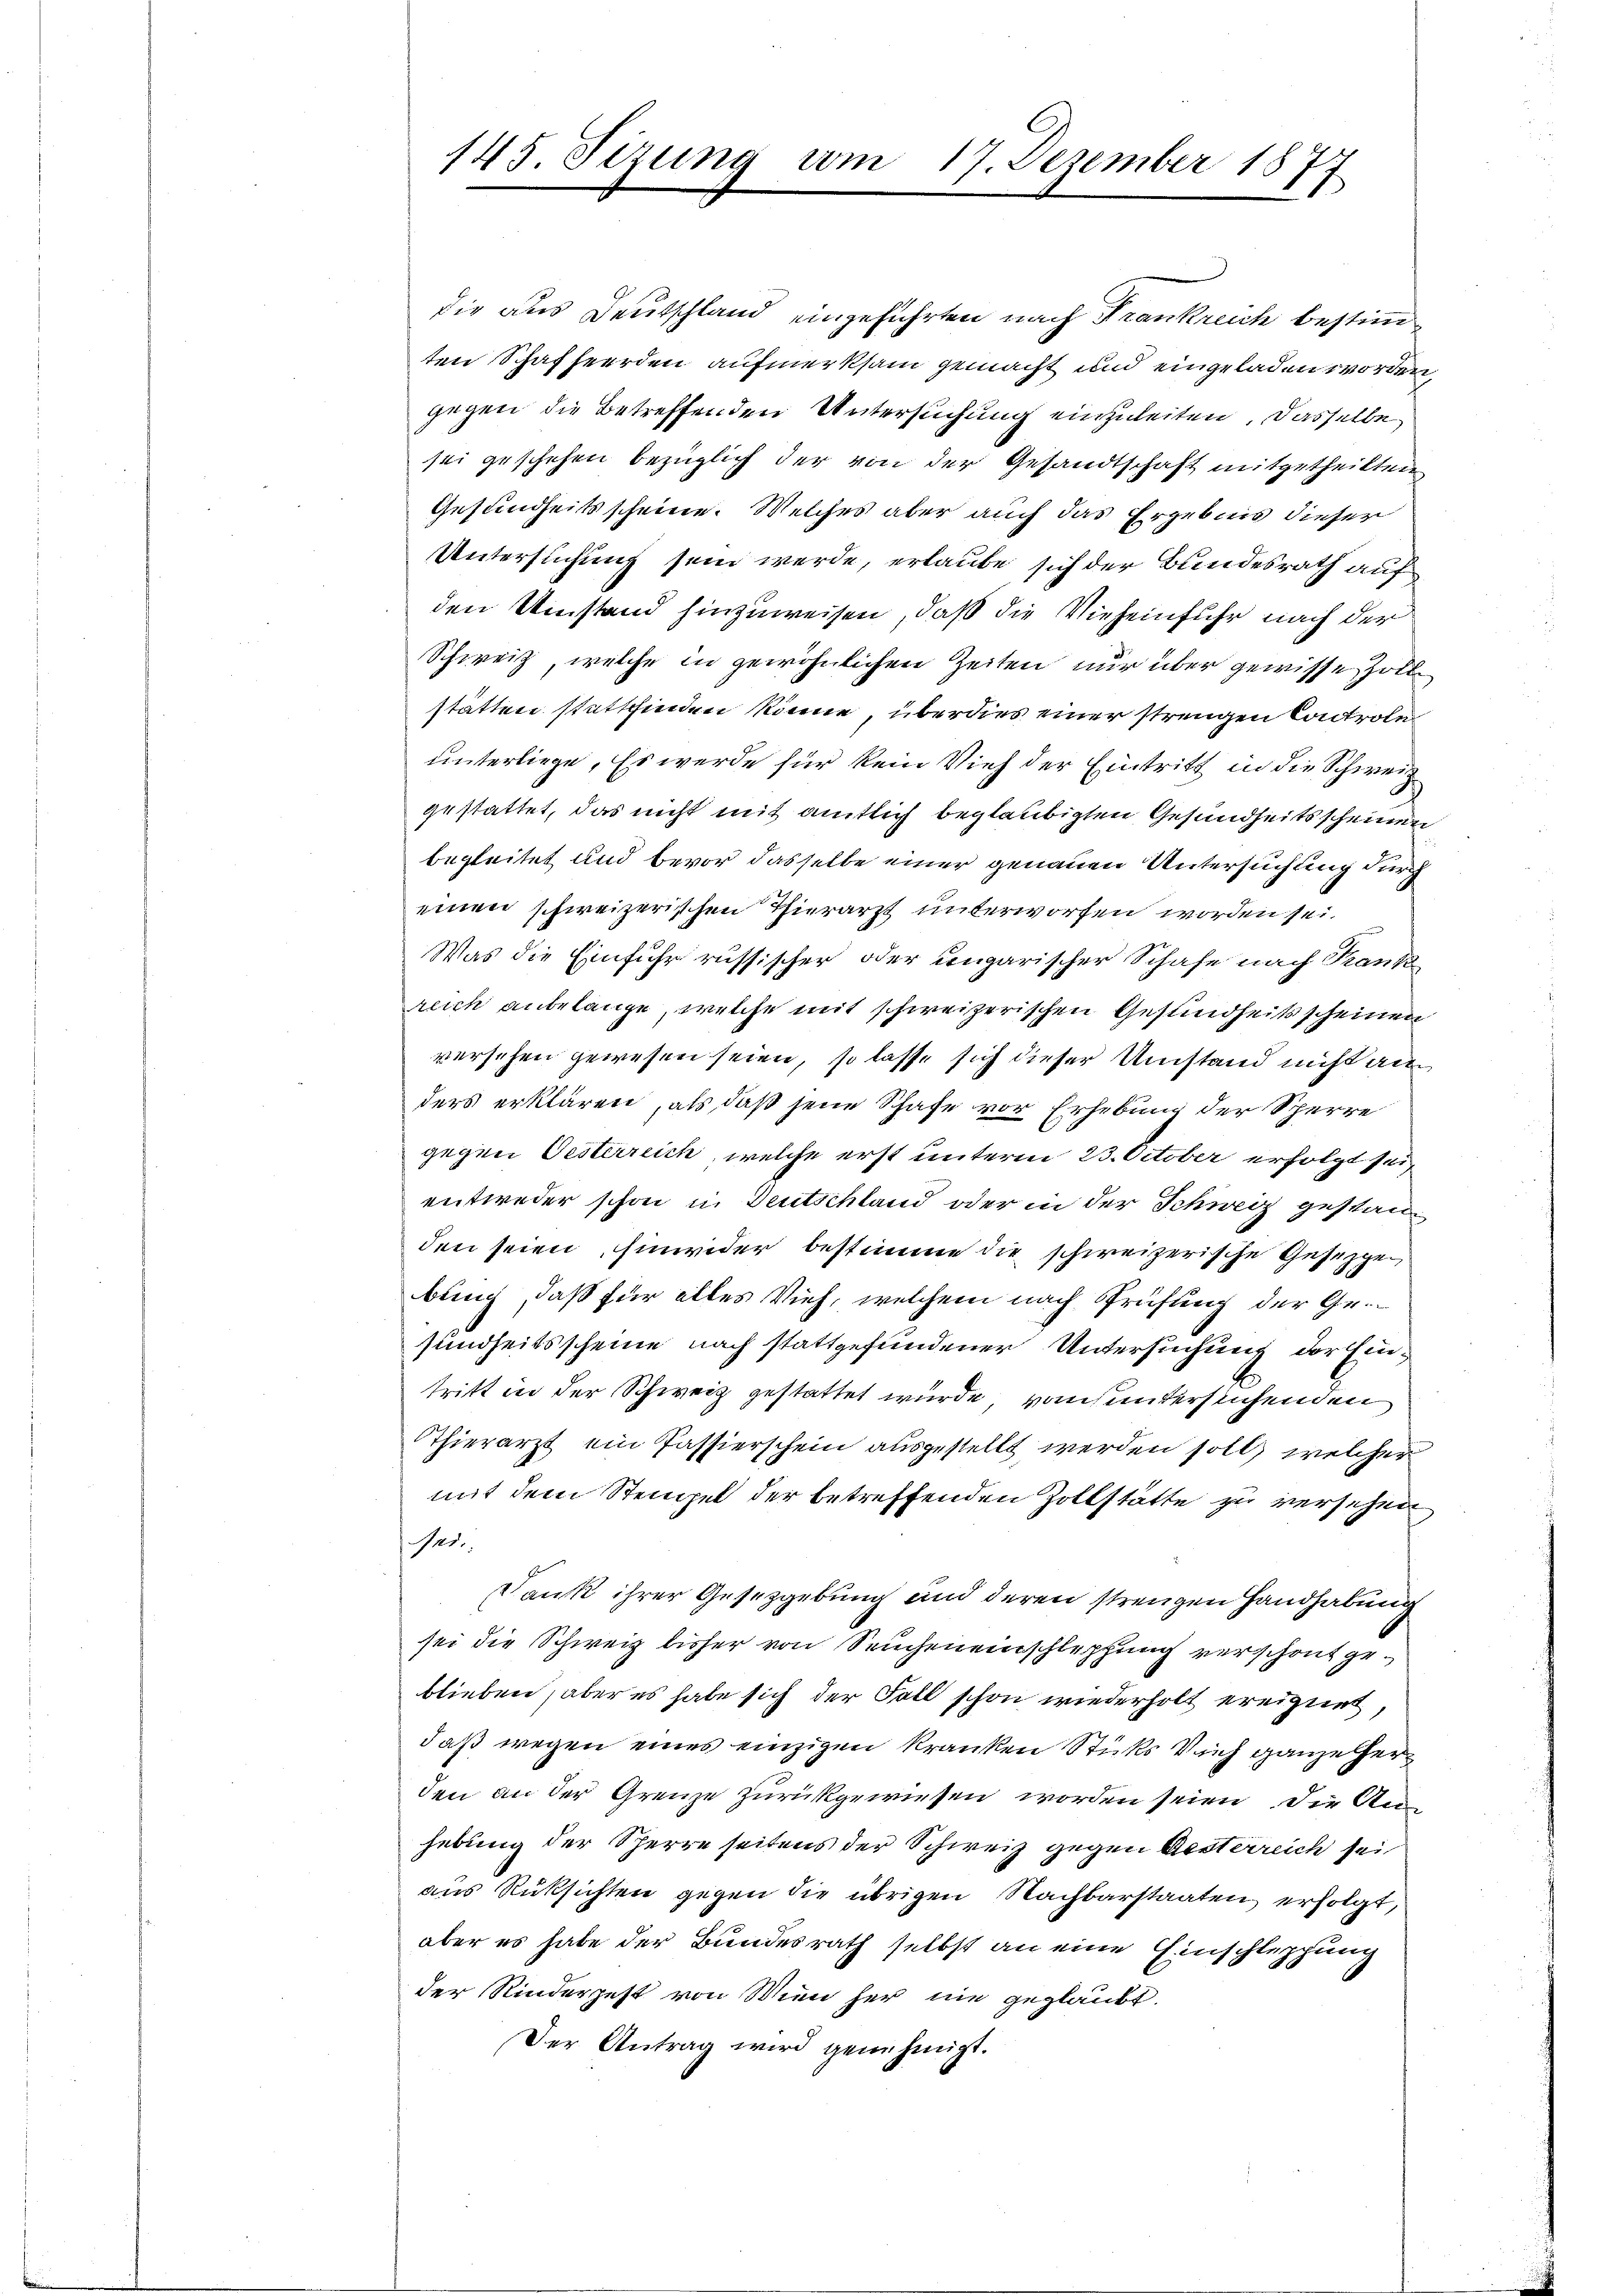
145. Sezung vom 17. Dezember 1877

die aus Deutschland eingeführten nach Frankreich bestimten Schaffeerden aufmerksam gemacht und eingeladen worden,
gegen die Betreffenden Untersuchung einzuleiten. Dasselbe
sei geschehen bezüglich der von der Gesandtschaft mitgetheilten
Gesundheitsscheine. Welches aber auch das Ergebnis dieser
Untersuchung sein werde, erlaube sich der Bundesrath auf
den Umstand hinzuweisen, daß die Vieheinfuhr nach der
Schweiz, welche in gewöhnlichen Zeiten nur über gewisse, Zollstätten stattfinden könne, überdies einer strengen Controle
unterliege. Es werde für kein Vieh der Eintritt in die Schweiz
gestattet, das nicht mit amtlich beglaubigten Gesundheitsscheinen
begleitet und bevor dasselbe einer genauen Untersuchung durch
einen schweizerischen Thierarzt unterworfen worden sei.
Was die Einfuhr russischer oder ungarischer Schafe nach Krank
reich anbelange, welche mit schweizerischen Gesundheitsscheinen
versehen gewesen seien, so lasse sich dieser Umstand nicht an
ders erklären, als daß jene Schafe vor Erhebung der Scherre
gegen Oesterreich, welche erst unterm 23. October erfolgt sei,
entweder schon in Deutschland oder in der Schweiz gestanden seien, hinwider bestimme die schweizerische Gesezgen
bung, daß für alles Vieh, welchem nach Prüfung der Gesundheitsscheine nach stattgefundener Untersuchung der Eintritt in der Schweiz gestattet wurde von untersuchenden
Thierarzt ein Passierschein ausgestellt werden soll, welcher
mit dem Stempel der betreffenden Zollstätte zu versehen
sede
Dank ihrer Gesetzgebung und deren strengen Handhabung
sei die Schweiz bisher von Seuchen einschleppung verschont geblieben, aber es habe sich der Fall schon wiederholt ereignet,
daß wegen eines einzigen kranken Stücks Vieh ganze Herden an der Grenze zurückgewiesen worden seien, die Anhebung der Sperre seitens der Schweiz gegen Aesterreich sei
aus Rüksichten gegen die übrigen Nachbarstaaten erfolgt,
aber es habe der Bundesrath selbst an eine Einschleppung
der Kinderzest von Wien her nie geglaubt.
Der Antrag wird genehmigt.